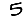
Digit: 5